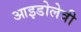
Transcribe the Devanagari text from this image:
आइडोलेत्री